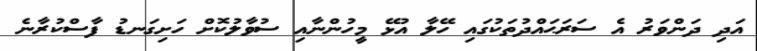
އަދި ދަންވަރު އެ ސަރަޙައްދުތަކުގައި ހޭލާ އުޅޭ މީހުންނާއި ސުވާލުކޮށް ހަށިގަނޑު ފާސްކުރާނެ